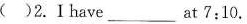
( )2.I have___at 7:10.